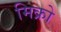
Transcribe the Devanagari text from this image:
मिक्रो